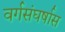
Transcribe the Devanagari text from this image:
वर्गसंघर्षास